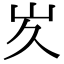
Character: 𭖃